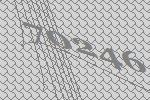
70246